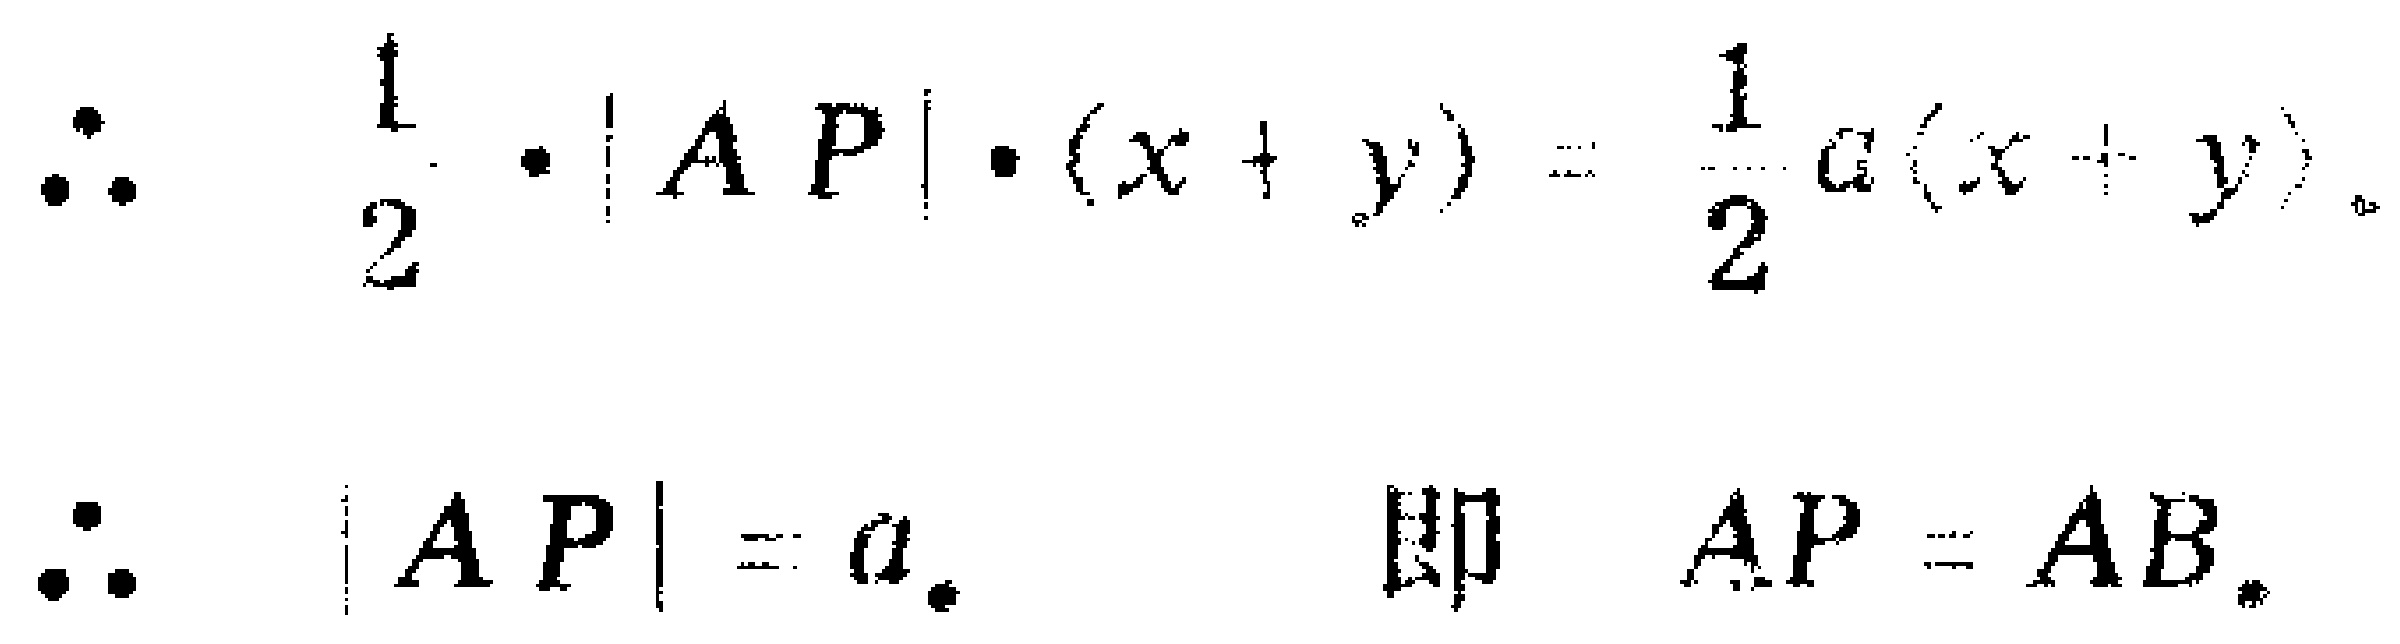
\[

\begin{align*}

\therefore\quad\frac{1}{2}\cdot|AP|\cdot(x + y)&=\frac{1}{2}a(x + y)\\

\therefore\quad|AP|&=a.\quad \text{即 }AP = AB.

\end{align*}

\]